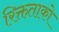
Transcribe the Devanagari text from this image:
रिक्तताको